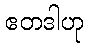
ဧတဒါဟု